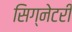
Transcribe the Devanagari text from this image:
सिग्नेटरी